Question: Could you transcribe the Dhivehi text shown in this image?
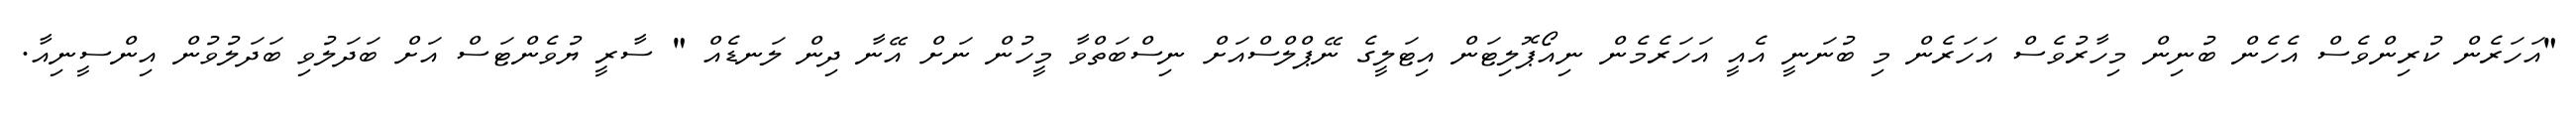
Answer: "އަހަރެން ކުރިންވެސް އެހެން ބުނިން މިހާރުވެސް އަހަރެން މި ބުނަނީ އެއީ އަހަރެމެން ނިއޯޕޮލިޓަން އިޓަލީގެ ނޭޕްލްސްއަށް ނިސްބަތްވާ މީހުން ނަށް އޭނާ ދިން ލަނޑެއް " ސާރީ ޔުވެންޓަސް އަށް ބަދަލުވި ބަދަލުވުން އިންސީނިއާ.